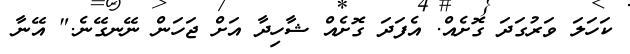
ކަހަލަ ވަރުގަދަ ގޮށެއް. އެފަދަ ގޮށެއް ޝާހިދާ އަށް ޖަހަން ނޭނގޭނެ." އޭނާ